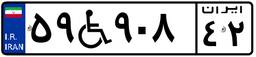
۲۹W۸۵۷۷۲